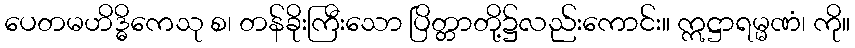
ပေတမဟိဒ္ဓိကေသု စ၊ တန်ခိုးကြီးသော ပြိတ္တာတို့၌လည်းကောင်း။ ဣဋ္ဌာရမ္မဏံ၊ ကို။